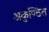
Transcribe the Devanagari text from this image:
अकुण्ठित